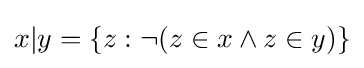
x|y=\{z:\neg (z\in x\land z\in y)\}